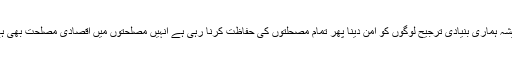
ہمیشہ ہمارى بنیادى ترجیح لوگوں کو امن دینا پهر تمام مصحلتوں کى حفاظت کرنا رہى ہے انہیں مصلحتوں میں اقصادى مصلحت بهى ہے۔